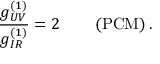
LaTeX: \frac { g _ { U V } ^ { ( 1 ) } } { g _ { I R } ^ { ( 1 ) } } = 2 \qquad \left( \mathrm { P C M } \right) .